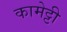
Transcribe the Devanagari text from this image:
कामेट्टी